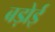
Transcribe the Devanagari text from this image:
बड़ोई